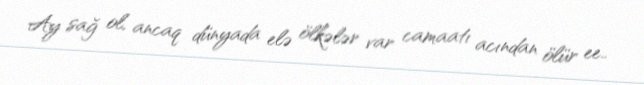
Ay sağ ol, ancaq dünyada elə ölkələr var camaatı acından ölür ee..